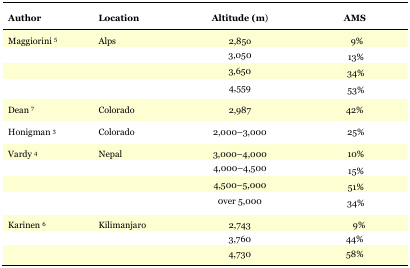
<table><thead><tr><td><b>Author</b></td><td><b>Location</b></td><td><b>Altitude (m)</b></td><td><b>AMS</b></td></tr></thead><tbody><tr><td>Maggiorini 5</td><td>Alps</td><td>2,85o</td><td>9%</td></tr><tr><td></td><td></td><td>3,050</td><td>13%</td></tr><tr><td></td><td></td><td>3,650</td><td>34%</td></tr><tr><td></td><td></td><td>4,559</td><td>53%</td></tr><tr><td>Dean 7</td><td>Colorado</td><td>2,987</td><td>42%</td></tr><tr><td>Honigman 3</td><td>Colorado</td><td>2,000–3,000</td><td>25%</td></tr><tr><td>Vardy 4</td><td>Nepal</td><td>3,000–4,000</td><td>10%</td></tr><tr><td></td><td></td><td>4,000–4,500</td><td>15%</td></tr><tr><td></td><td></td><td>4,500–5,000</td><td>51%</td></tr><tr><td></td><td></td><td>0ver 5,000</td><td>34%</td></tr><tr><td>Karinen 6</td><td>Kilimanjaro</td><td>2,743</td><td>9%</td></tr><tr><td></td><td></td><td>3,760</td><td>44%</td></tr><tr><td></td><td></td><td>4,730</td><td>58%</td></tr></tbody></table>